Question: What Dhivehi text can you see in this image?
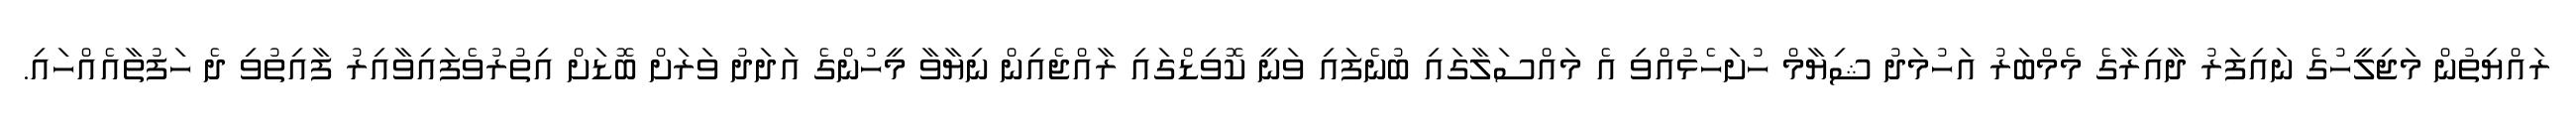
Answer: ރައްޔިތުން މަޖިލީހުގެ ނައިފަރު ދާއިރާގެ މެމްބަރު އަހުމަދު ޝިޔާމް ހުށަހެޅުއްވި އެ މައްސަލާގައި ބުނެފައި ވަނީ ކޮވިޑްގައި ރާއްޖެއިން ނިޔާވާ މީހުންގެ އަދަދު ވަރަށް ބޮޑަށް އިތުރުވެފައިވާއިރު ފާއިތުވި ދެ ހަފުތާއެއްހައި.